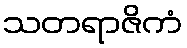
သတရာဇိကံ